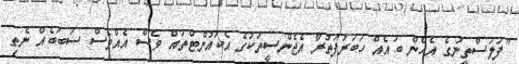
"ފަލަސްތީނުގެ އެހެން ބައެއް ހަބަރުފަތުރާ އެޖެންސީތަކުގެ އެކައުންޓްތައް ވެސް އެއްވެސް ސަބަބެއް ނެތި